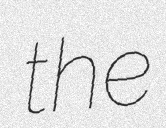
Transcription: the